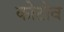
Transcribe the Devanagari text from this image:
कोटोव